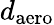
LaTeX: d_{\mathrm{aero}}